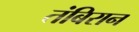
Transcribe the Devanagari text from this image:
तंबिरान